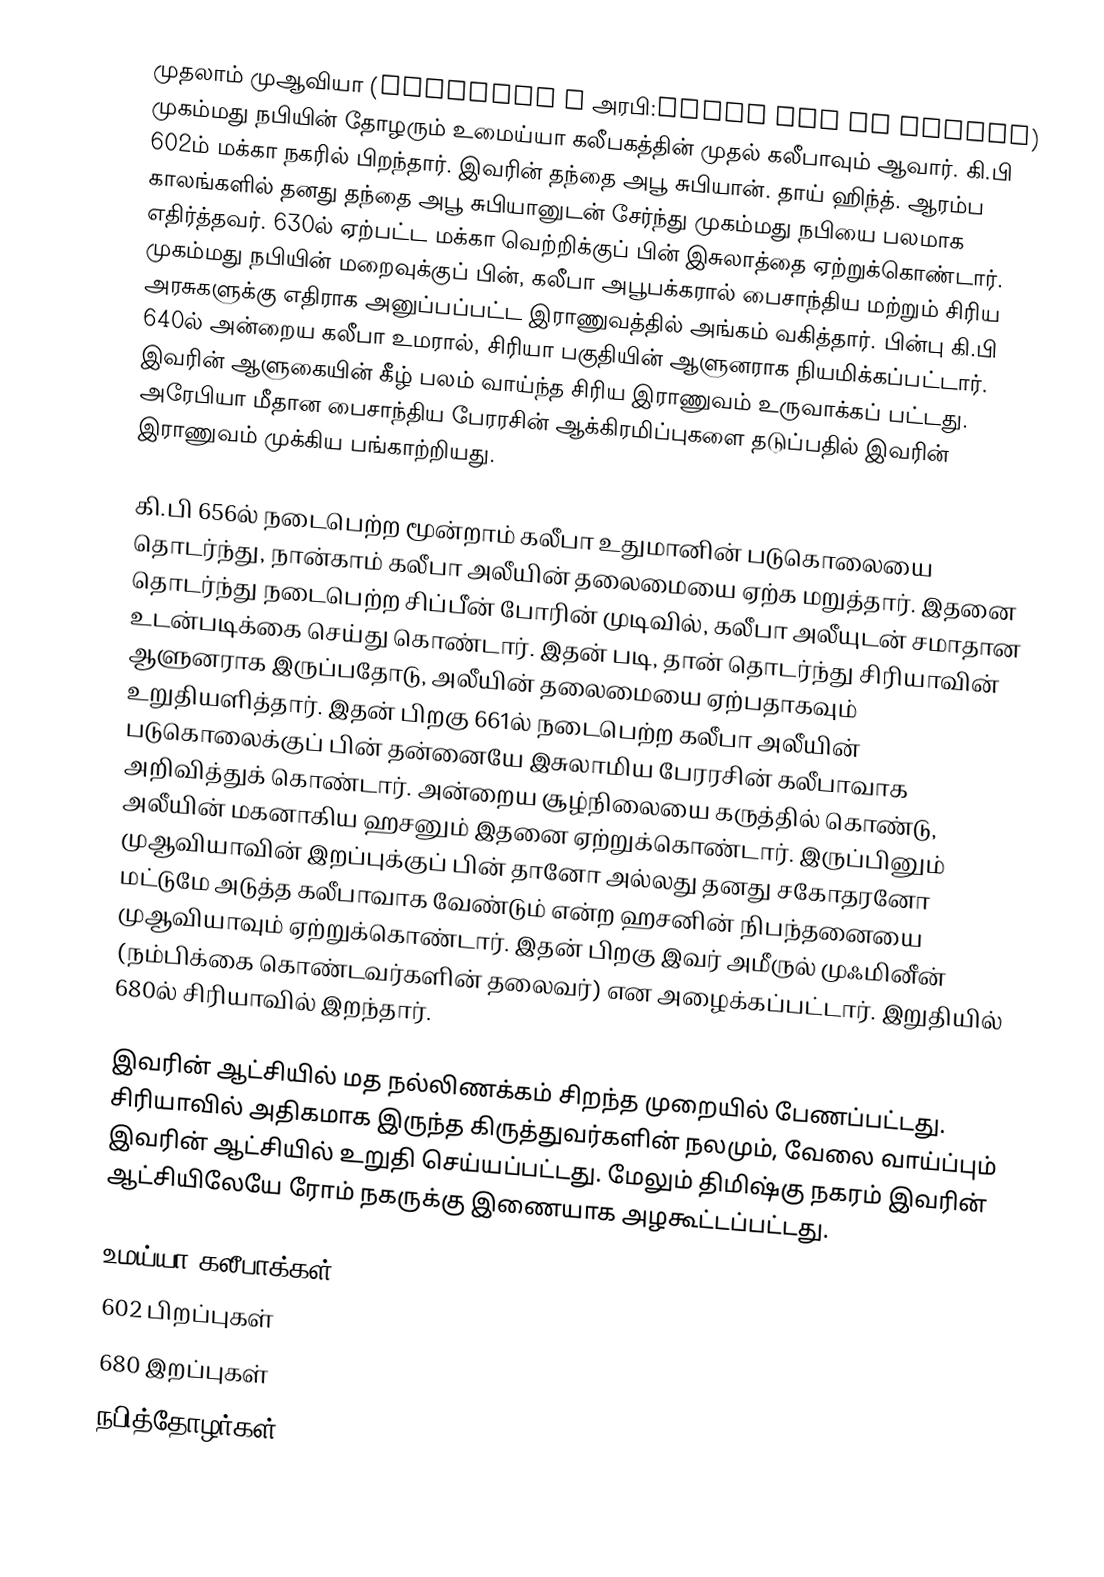
முதலாம் முஆவியா (Muawiyah I அரபி:معاوية بن أبي سفيان) முகம்மது நபியின் தோழரும் உமைய்யா கலீபகத்தின் முதல் கலீபாவும் ஆவார். கி.பி 602ம் மக்கா நகரில் பிறந்தார். இவரின் தந்தை அபூ சுபியான். தாய் ஹிந்த். ஆரம்ப காலங்களில் தனது தந்தை அபூ சுபியானுடன் சேர்ந்து முகம்மது நபியை பலமாக எதிர்த்தவர். 630ல் ஏற்பட்ட மக்கா வெற்றிக்குப் பின் இசுலாத்தை ஏற்றுக்கொண்டார். முகம்மது நபியின் மறைவுக்குப் பின், கலீபா அபூபக்கரால் பைசாந்திய மற்றும் சிரிய அரசுகளுக்கு எதிராக அனுப்பப்பட்ட இராணுவத்தில் அங்கம் வகித்தார். பின்பு கி.பி 640ல் அன்றைய கலீபா உமரால், சிரியா பகுதியின் ஆளுனராக நியமிக்கப்பட்டார். இவரின் ஆளுகையின் கீழ் பலம் வாய்ந்த சிரிய இராணுவம் உருவாக்கப் பட்டது. அரேபியா மீதான பைசாந்திய பேரரசின் ஆக்கிரமிப்புகளை தடுப்பதில் இவரின் இராணுவம் முக்கிய பங்காற்றியது.

கி.பி 656ல் நடைபெற்ற மூன்றாம் கலீபா உதுமானின் படுகொலையை தொடர்ந்து, நான்காம் கலீபா அலீயின் தலைமையை ஏற்க மறுத்தார். இதனை தொடர்ந்து நடைபெற்ற சிப்பீன் போரின் முடிவில், கலீபா அலீயுடன் சமாதான உடன்படிக்கை செய்து கொண்டார். இதன் படி, தான் தொடர்ந்து சிரியாவின் ஆளுனராக இருப்பதோடு, அலீயின் தலைமையை ஏற்பதாகவும் உறுதியளித்தார். இதன் பிறகு 661ல் நடைபெற்ற கலீபா அலீயின் படுகொலைக்குப் பின் தன்னையே இசுலாமிய பேரரசின் கலீபாவாக அறிவித்துக் கொண்டார். அன்றைய சூழ்நிலையை கருத்தில் கொண்டு, அலீயின் மகனாகிய ஹசனும் இதனை ஏற்றுக்கொண்டார். இருப்பினும் முஆவியாவின் இறப்புக்குப் பின் தானோ அல்லது தனது சகோதரனோ மட்டுமே அடுத்த கலீபாவாக வேண்டும் என்ற ஹசனின் நிபந்தனையை முஆவியாவும் ஏற்றுக்கொண்டார். இதன் பிறகு இவர் அமீருல் முஃமினீன் (நம்பிக்கை கொண்டவர்களின் தலைவர்) என அழைக்கப்பட்டார். இறுதியில் 680ல் சிரியாவில் இறந்தார்.

இவரின் ஆட்சியில் மத நல்லிணக்கம் சிறந்த முறையில் பேணப்பட்டது. சிரியாவில் அதிகமாக இருந்த கிருத்துவர்களின் நலமும், வேலை வாய்ப்பும் இவரின் ஆட்சியில் உறுதி செய்யப்பட்டது. மேலும் திமிஷ்கு நகரம் இவரின் ஆட்சியிலேயே ரோம் நகருக்கு இணையாக அழகூட்டப்பட்டது.

உமய்யா கலீபாக்கள்
602 பிறப்புகள்
680 இறப்புகள்
நபித்தோழர்கள்